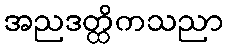
အညဒတ္ထိကသညာ